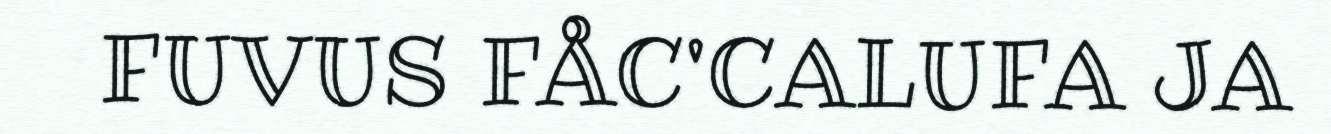
FUVUS FÅC'CALUFA JA